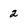
Character: 2